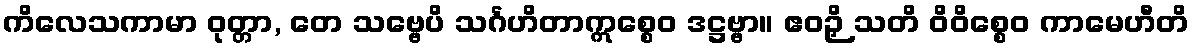
ကိလေသကာမာ ဝုတ္တာ, တေ သဗ္ဗေပိ သင်္ဂဟိတာဣစ္စေဝ ဒဋ္ဌဗ္ဗာ။ ဧဝဉှိ သတိ ဝိဝိစ္စေဝ ကာမေဟီတိ